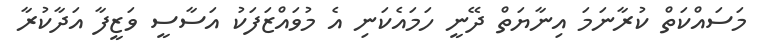
މަސައްކަތް ކުރާނަމަ އިނާޔަތް ދޭނީ ހަމައެކަނި އެ މުވައްޒަފަކު އަސާސީ ވަޒީފާ އަދާކުރާ